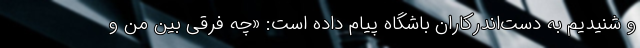
و شنیدیم به دست‌اندرکاران باشگاه پیام داده است: «چه فرقی بین من و